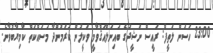
23:00 ހަސަން ލަތީފް: ރައީސް ނަޝީދުގެ ބައިނަލްއަޤްވާމީ ވަކީލުން ކުރަމުންދާ މަސައްކަތް ކާމިޔާބުވާނެ.